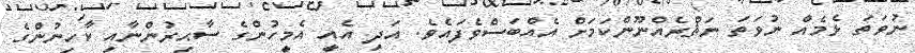
ނުވަތަ ޅެމެއް ނުވަތަ ނަޘްރެއްނޫންކަމަށް އެއްބަސްވެފައެވެ. އަދި އެއީ އެމީހުންގެ ސާޙިރުންނާއި ކާހިނުންގެ